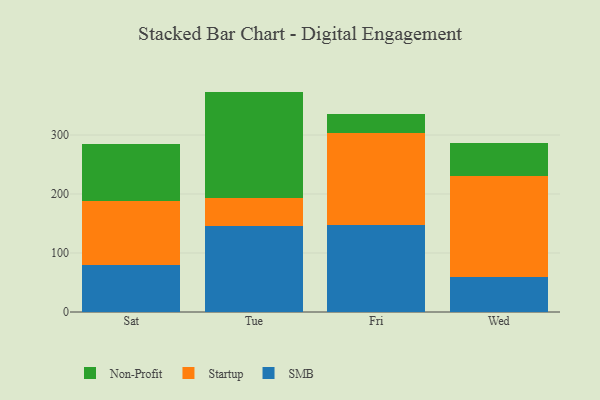
{"axis": {"x": "Day", "y": "Net Income (USD K)"}, "legend": ["Non-Profit", "SMB", "Startup"], "data": [{"x": "Sat", "y": 79.2, "type": "SMB"}, {"x": "Sat", "y": 108.8, "type": "Startup"}, {"x": "Sat", "y": 96.3, "type": "Non-Profit"}, {"x": "Tue", "y": 145.6, "type": "SMB"}, {"x": "Tue", "y": 48.0, "type": "Startup"}, {"x": "Tue", "y": 180.0, "type": "Non-Profit"}, {"x": "Fri", "y": 147.1, "type": "SMB"}, {"x": "Fri", "y": 156.8, "type": "Startup"}, {"x": "Fri", "y": 32.2, "type": "Non-Profit"}, {"x": "Wed", "y": 59.8, "type": "SMB"}, {"x": "Wed", "y": 171.3, "type": "Startup"}, {"x": "Wed", "y": 55.3, "type": "Non-Profit"}]}